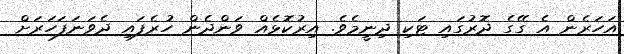
އަހަރެން އެ ގޭގެ ދޮރުގައި ޓަކި ދިނީމެވެ. އިރުކޮޅެއް ވަންދެން ހުރެފައި ދެވަނަފަހަރަށް